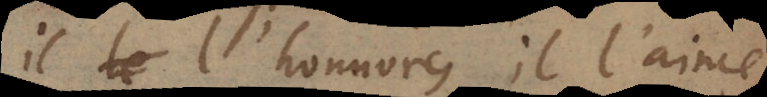
il l’honnore, il l’aime,